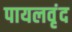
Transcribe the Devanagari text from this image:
पायलवृंद